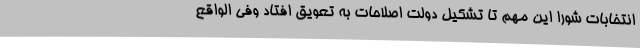
انتخابات شورا این مهم تا تشکیل دولت اصلاحات به تعویق افتاد وفی الواقع